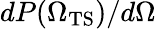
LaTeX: dP({\Omega_{\mathrm{TS}})}/d\Omega